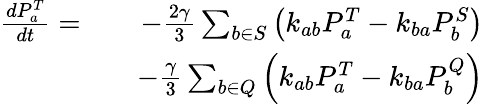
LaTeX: \begin{array}{rlr}{\frac{dP_{a}^{T}}{dt}=}&{}&{-\frac{2\gamma}{3}\sum_{b\in S}\left(k_{ab}P_{a}^{T}-k_{ba}P_{b}^{S}\right)}\\ &{}&{-\frac{\gamma}{3}\sum_{b\in Q}\left(k_{ab}P_{a}^{T}-k_{ba}P_{b}^{Q}\right)}\end{array}